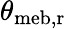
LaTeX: \theta_{\mathrm{{meb,r}}}